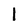
Character: 1